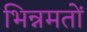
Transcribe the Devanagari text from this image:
भिन्नमतों